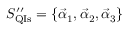
S _ { \mathrm { Q I s } } ^ { \prime \prime } = \{ \vec { \alpha } _ { 1 } , \vec { \alpha } _ { 2 } , \vec { \alpha } _ { 3 } \}